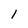
Character: l